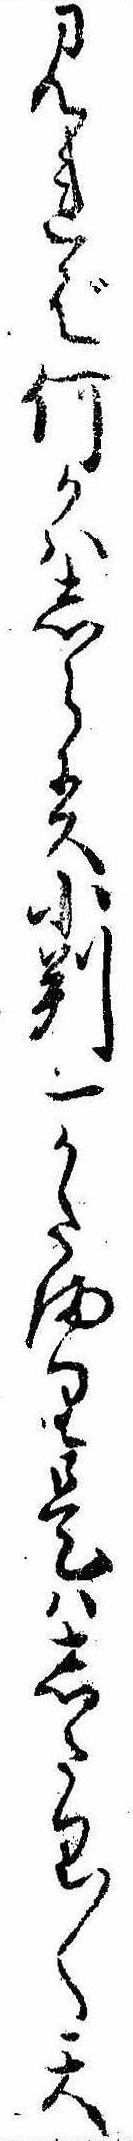
見れば何かはしらす小判一かたまり是はしたり〱天